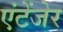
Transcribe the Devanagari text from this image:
एंटेंजेर